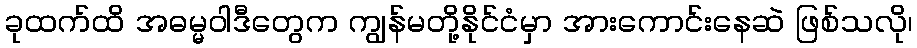
ခုထက်ထိ အဓမ္မဝါဒီတွေက ကျွန်မတို့နိုင်ငံမှာ အားကောင်းနေဆဲ ဖြစ်သလို၊